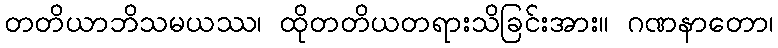
တတိယာဘိသမယဿ၊ ထိုတတိယတရားသိခြင်းအား။ ဂဏနာတော၊